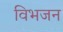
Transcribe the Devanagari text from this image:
विभजन